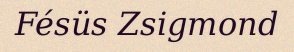
Fésüs Zsigmond